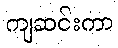
ကျဆင်းကာ